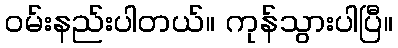
ဝမ်းနည်းပါတယ်။ ကုန်သွားပါပြီ။